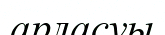
арласуы